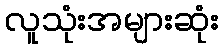
လူသုံးအများဆုံး